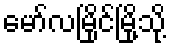
မော်လမြိုင်မြို့သို့